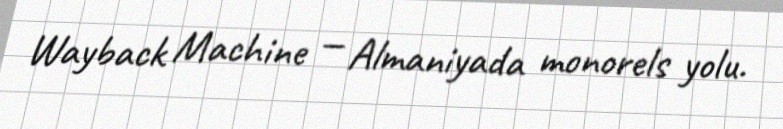
Wayback Machine — Almaniyada monorels yolu.